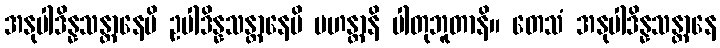
အနုပါဒိန္နသန္တာနေပိ ဥပါဒိန္နသန္တာနေပိ မဟန္တာနိ ပါတုဘူတာနိ။ တေသံ အနုပါဒိန္နသန္တာနေ